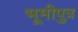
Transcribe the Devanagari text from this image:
भूमीपुत्र